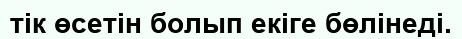
тік өсетін болып екіге бөлінеді.